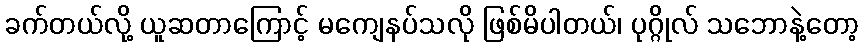
ခက်တယ်လို့ ယူဆတာကြောင့် မကျေနပ်သလို ဖြစ်မိပါတယ်၊ ပုဂ္ဂိုလ် သဘောနဲ့တော့